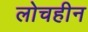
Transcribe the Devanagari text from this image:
लोचहीन